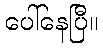
ပေါ်နေပြီ။